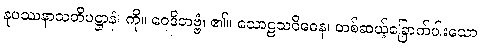
နုပဿနာသတိပဋ္ဌာနံ၊ ကို။ ဝေဒိတဗ္ဗံ၊ ၏။ သောဠသဝိဓေန၊ တစ်ဆယ့်ခြောက်ပါးသော